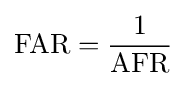
\mathrm {FAR} ={\frac {1}{\mathrm {AFR} }}